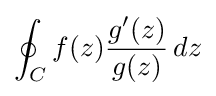
\oint _{C}f(z){g'(z) \over g(z)}\,dz